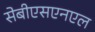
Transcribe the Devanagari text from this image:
सेबीएसएनएल